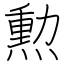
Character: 勲